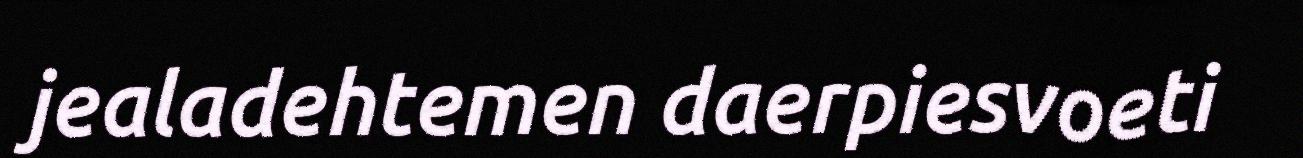
jealadehtemen daerpiesvoeti